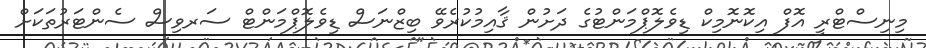
މިނިސްޓްރީ އޮފް އިކޮނޮމިކް ޑިވެލޮޕްމަންޓުގެ ދަށުން ޤާއިމުކުރެވޭ ބިޒްނަސް ޑިވެލޮޕްމަންޓް ސަރވިސް ސެންޓަރުތަކަށް